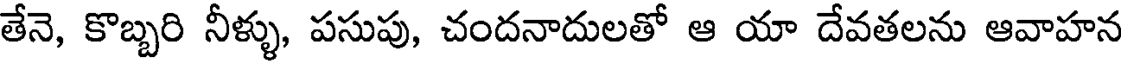
తేనె, కొబ్బరి నీళ్ళు, పసుపు, చందనాదులతో ఆ యా దేవతలను ఆవాహన